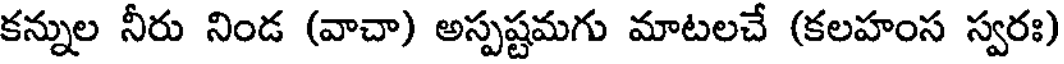
కన్నుల నీరు నిండ (వాచా) అస్పష్టమగు మాటలచే (కలహంస స్వరః)